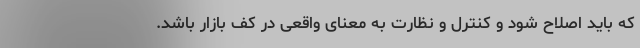
که باید اصلاح شود و کنترل و نظارت به معنای واقعی در کف بازار باشد.